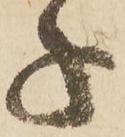
子